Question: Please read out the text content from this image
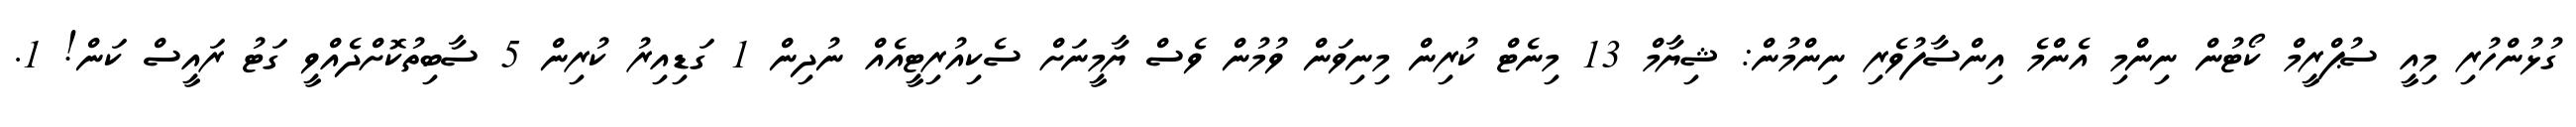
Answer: ގުޅުންހުރި މިއީ ސުޕްރީމް ކޯޓުން ނިންމި އެންމެ އިންސާފުވެރި ނިންމުން: ޝިޔާމް 13 މިނެޓް ކުރިން މިނިވަން ވުމުން ވެސް ޔާމީނަށް ސެކިއުރިޓީއެއް ނުދިން 1 ގަޑިއިރު ކުރިން 5 ސާބިތުކޮށްދެއްވީ ގަޓު ރައީސް ކަން! 1.